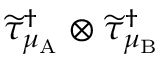
\widetilde { \tau } _ { \mu _ { \mathrm { A } } } ^ { \dagger } \otimes \widetilde { \tau } _ { \mu _ { \mathrm { B } } } ^ { \dagger }